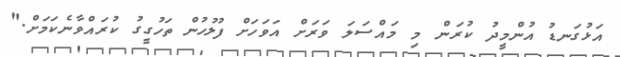
އަޅުގަނޑު އުންމީދު ކުރަން މި މައްސަލަ ވަރަށް އަވަހަށް ފުލުހުން ތަހުގީގު ކުރައްވާނެކަމަށް."